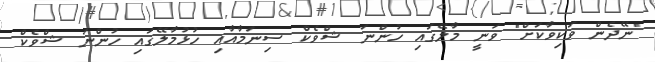
"ނޭދެން ވަކިވާކަށް" ވަނީ މާލޭގައި ހުންނަ ޝްވެކް ސިނަމާއާއި ހުޅުމާލޭގައި ހުންނަ ޝްވެކް